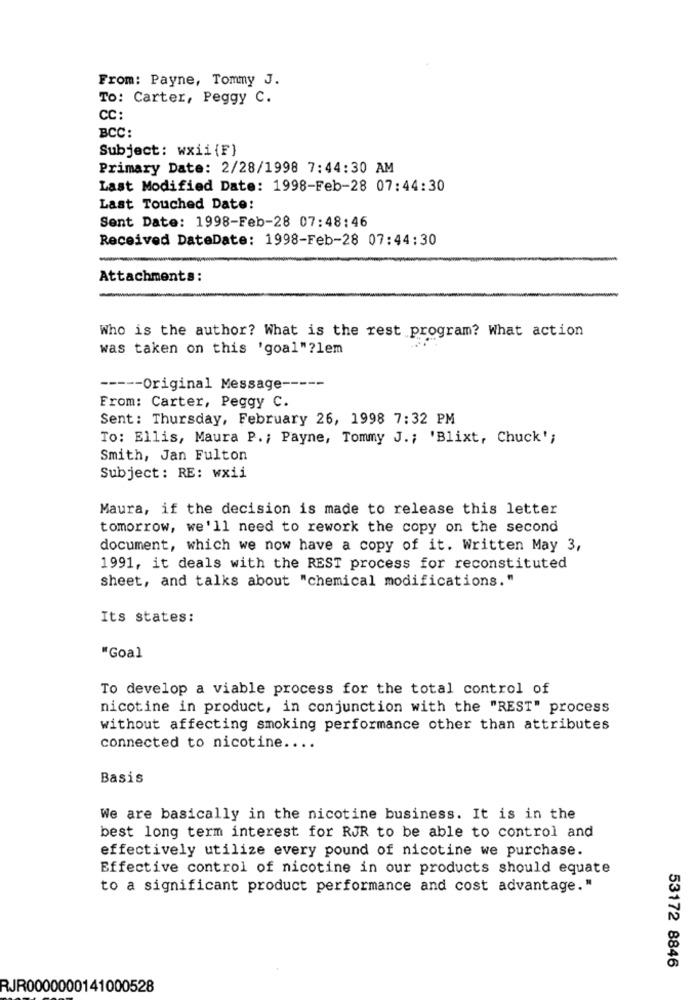
From: Payne, Tommy J.
To: Carter, Peggy C.
CC:
BCC:
Subject: wxii {F}
Primary Date: 2/28/1998 7:44:30 AM
Last Modified Date: 1998-Feb-28 07:44:30
Last Touched Date:
Sent Date: 1998-Feb-28 07:48:46
Received DateDate: 1998-Feb-28 07:44:30
Attachments:
Who is the author? What is the rest program? What action
was taken on this 'goal"?lem
----- Original Message --
From: Carter, Peggy C.
Sent: Thursday, February 26, 1998 7:32 PM
To: Ellis, Maura P .; Payne, Tommy J .; 'Blixt, Chuck';
Smith, Jan Fulton
Subject: RE: wxii
Maura, if the decision is made to release this letter
tomorrow, we'll need to rework the copy on the second
document, which we now have a copy of it. Written May 3,
1991, it deals with the REST process for reconstituted
sheet, and talks about "chemical modifications."
Its states:
"Goal
To develop a viable process for the total control of
nicotine in product, in conjunction with the "REST" process
without affecting smoking performance other than attributes
connected to nicotine ....
Basis
We are basically in the nicotine business. It is in the
best long term interest for RJR to be able to control and
effectively utilize every pound of nicotine we purchase.
Effective control of nicotine in our products should equate
to a significant product performance and cost advantage."
53172 8846
RJR0000000141000528